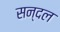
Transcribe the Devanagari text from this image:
सन्दल